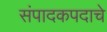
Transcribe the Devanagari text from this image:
संपादकपदाचे